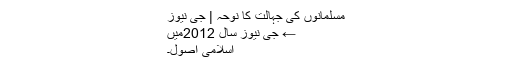
مسلمانوں کی جہالت کا نوحہ | جی نیوز
← جی نیوز سال 2012میں
اسلامی اُصول۔